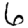
Digit: 6